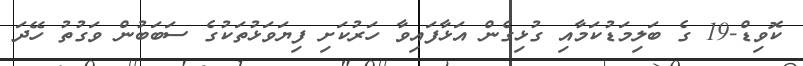
ކޮވިޑް-19 ގެ ބަލިމަޑުކަމާއި ގުޅިގެން އަޅާފައިވާ ހަރުކަށި ފިޔަވަޅުތަކުގެ ސަބަބުން ވަގުތު ހޭދަ